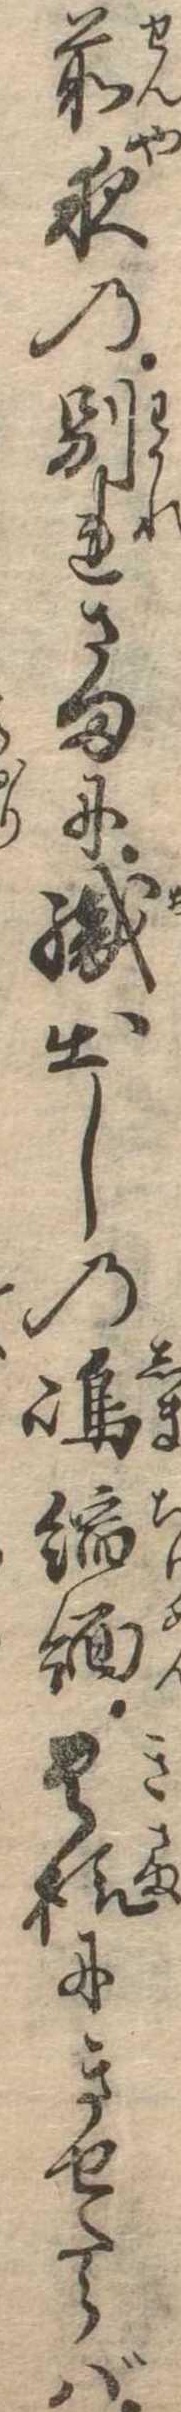
前夜の別れさまに織出しの島縮緬貴様にきせたらば